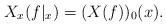
LaTeX: \begin{align*}X_x(f|_x) = (X(f))_0(x).\end{align*}